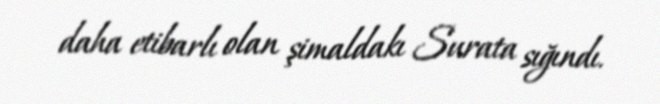
daha etibarlı olan şimaldakı Surata sığındı.